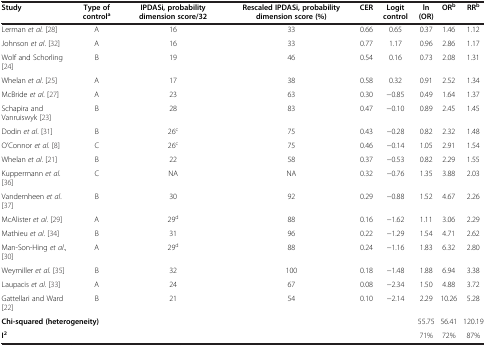
<table><thead><tr><td><b>Study</b></td><td><b>Type of control<sup>a</sup></b></td><td><b>IPDASi, probability dimension score/32</b></td><td><b>Rescaled IPDASi, probability dimension score (%)</b></td><td><b>CER</b></td><td><b>Logit control</b></td><td><b>ln(OR)</b></td><td><b>OR<sup>b</sup></b></td><td><b>RR<sup>b</sup></b></td></tr></thead><tbody><tr><td>Lerman <i>et al.</i>[28]</td><td>A</td><td>16</td><td>33</td><td>0.66</td><td>0.65</td><td>0.37</td><td>1.46</td><td>1.12</td></tr><tr><td>Johnson <i>et al</i>. [32]</td><td>A</td><td>16</td><td>33</td><td>0.77</td><td>1.17</td><td>0.96</td><td>2.86</td><td>1.17</td></tr><tr><td>Wolf and Schorling [24]</td><td>B</td><td>19</td><td>46</td><td>0.54</td><td>0.16</td><td>0.73</td><td>2.08</td><td>1.31</td></tr><tr><td>Whelan <i>et al</i>. [25]</td><td>A</td><td>17</td><td>38</td><td>0.58</td><td>0.32</td><td>0.91</td><td>2.52</td><td>1.34</td></tr><tr><td>McBride <i>et al</i>. [27]</td><td>A</td><td>23</td><td>63</td><td>0.30</td><td>−0.85</td><td>0.49</td><td>1.64</td><td>1.37</td></tr><tr><td>Schapira and Vanruiswyk [23]</td><td>B</td><td>28</td><td>83</td><td>0.47</td><td>−0.10</td><td>0.89</td><td>2.45</td><td>1.45</td></tr><tr><td>Dodin <i>et al</i>. [31]</td><td>B</td><td>26<sup>c</sup></td><td>75</td><td>0.43</td><td>−0.28</td><td>0.82</td><td>2.32</td><td>1.48</td></tr><tr><td>O’Connor <i>et al</i>. [8]</td><td>C</td><td>26<sup>c</sup></td><td>75</td><td>0.46</td><td>−0.14</td><td>1.05</td><td>2.91</td><td>1.54</td></tr><tr><td>Whelan <i>et al</i>. [21]</td><td>B</td><td>22</td><td>58</td><td>0.37</td><td>−0.53</td><td>0.82</td><td>2.29</td><td>1.55</td></tr><tr><td>Kuppermann <i>et al</i>. [36]</td><td>C</td><td>NA</td><td>NA</td><td>0.32</td><td>−0.76</td><td>1.35</td><td>3.88</td><td>2.03</td></tr><tr><td>Vandemheen <i>et al</i>. [37]</td><td>B</td><td>30</td><td>92</td><td>0.29</td><td>−0.88</td><td>1.52</td><td>4.67</td><td>2.26</td></tr><tr><td>McAlister <i>et al</i>. [29]</td><td>A</td><td>29<sup>d</sup></td><td>88</td><td>0.16</td><td>−1.62</td><td>1.11</td><td>3.06</td><td>2.29</td></tr><tr><td>Mathieu <i>et al</i>. [34]</td><td>B</td><td>31</td><td>96</td><td>0.22</td><td>−1.29</td><td>1.54</td><td>4.71</td><td>2.62</td></tr><tr><td>Man-Son-Hing <i>et al</i>., [30]</td><td>A</td><td>29<sup>d</sup></td><td>88</td><td>0.24</td><td>−1.16</td><td>1.83</td><td>6.32</td><td>2.80</td></tr><tr><td>Weymiller <i>et al</i>. [35]</td><td>B</td><td>32</td><td>100</td><td>0.18</td><td>−1.48</td><td>1.88</td><td>6.94</td><td>3.38</td></tr><tr><td>Laupacis <i>et al</i>. [33]</td><td>A</td><td>24</td><td>67</td><td>0.08</td><td>−2.34</td><td>1.50</td><td>4.88</td><td>3.72</td></tr><tr><td>Gattellari and Ward [22]</td><td>B</td><td>21</td><td>54</td><td>0.10</td><td>−2.14</td><td>2.29</td><td>10.26</td><td>5.28</td></tr><tr><td colspan="6"><b>Chi-squared (heterogeneity)</b></td><td>55.75</td><td>56.41</td><td>120.19</td></tr><tr><td colspan="6"><b>I</b><sup><b>2</b></sup></td><td>71%</td><td>72%</td><td>87%</td></tr></tbody></table>